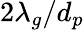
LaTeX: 2\lambda_{g}/d_{p}